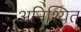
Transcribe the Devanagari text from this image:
अनिश्यित